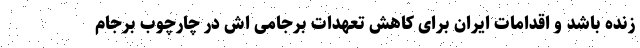
زنده باشد و اقدامات ایران برای کاهش تعهدات برجامی اش در چارچوب برجام